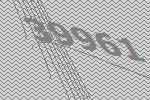
39961